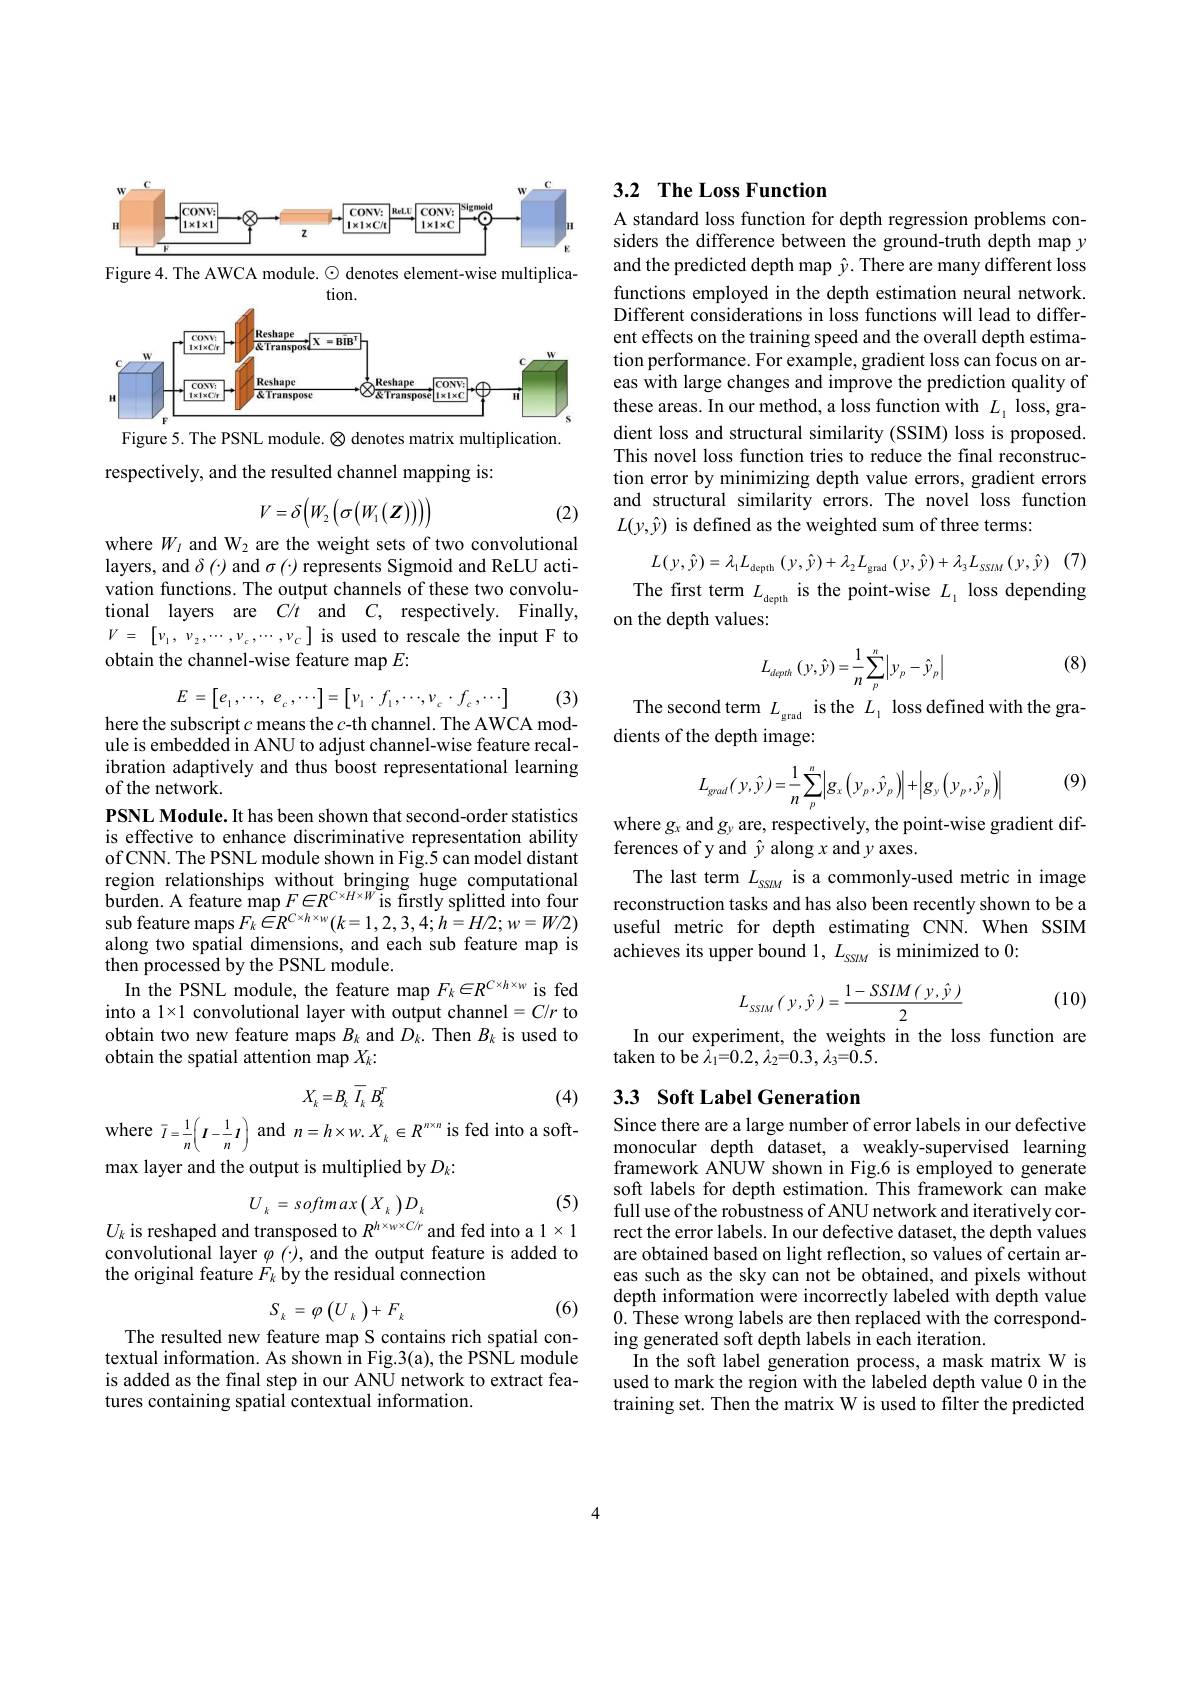
<FigureHere>

Figure 4. The AWCA module. $\odot$ denotes element-wise multiplica-
tion.

<FigureHere>

Figure 5. The PSNL module. $\otimes$ denotes matrix multiplication.

respectively, and the resulted channel mapping is:
$$V=\delta\Big(W_2\Big(\sigma\big(W_1(\boldsymbol{Z})\big)\big)\Big)$$
(2)

where $W_l$ and W2 are the weight sets of two convolutional layers, and $\delta\left(\cdot\right)$ and $\sigma\left(\cdot\right)$ represents Sigmoid and ReLU activation functions. The output channels of these two convolutional layers are $C/ t$ and $C$, respectively. Finally, $V=~\begin{bmatrix}v_{1},v_{2},\cdots,v_{c},\cdots,v_{c}\end{bmatrix}$ is used to rescale the input F to obtain the channel-wise feature map $E:$
$$E=\begin{bmatrix}e_1,\cdots,&e_c,\cdots\end{bmatrix}=\begin{bmatrix}v_1\cdot f_1,\cdots,v_c\cdot f_c,\cdots\end{bmatrix}$$
here the subscript $c$ means the $c$-th channel. The AWCA mod-

(3)

ule is embedded in ANU to adjust channel-wise feature recalibration adaptively and thus boost representational learning of the network.
PSNL Module. It has been shown that second-order statistics is effective to enhance discriminative representation ability of CNN. The PSNL module shown in Fig.5 can model distant region relationships without bringing huge computational burden. A feature map $F\in R^{C\times H\times W}$is firstly splitted into four sub feature maps $F_k\in R^{C\times h\times_{W}}(k=1,2,3,4;h=H/2;w=W/2)$ along two spatial dimensions, and each sub feature map is then processed by the PSNL module.
In the PSNL module, the feature map $F_k\in R^{C\times h\times w}$ is fed into a 1×1 convolutional layer with output channel$=C/r$ to obtain two new feature maps $B_k$ and $D_k.$ Then $B_k$ is used to obtain the spatial attention map $X_k:$
$$X_k=B_k\:\overline{I_k}\:B_k^T$$
(4)

fed into a soft-
$$n=h\times w.\:X_{_k}\in R^{n\times n}$$
where$\bar{I}=\frac1n\left(I-\frac1nI\right)$and
max layer and the output is multiplied by $D_k:$

(5)
$$U_{_k}\:=\:softmax\left(X_{_k}\right)D_{_k}$$
$U_k$ is reshaped and transposed to $R^{h\times_W\times C/r}$ and fed into a 1 × 1

convolutional layer $\varphi(\cdot)$, and the output feature is added to
the original feature $F_k$ by the residual connection

(6)
$$S_{_k}=\varphi\left(U_{_k}\right)+F_{_k}$$
The resulted new feature map S contains rich spatial contextual information. As shown in Fig.3(a), the PSNL module is added as the final step in our ANU network to extract features containing spatial contextual information.

## 3.2 The Loss Function

A standard loss function for depth regression problems considers the difference between the ground-truth depth map $y$ and the predicted depth map $\hat{y}.$ There are many different loss functions employed in the depth estimation neural network. Different considerations in loss functions will lead to different effects on the training speed and the overall depth estimation performance. For example, gradient loss can focus on areas with large changes and improve the prediction quality of these areas. In our method, a loss function with $L_{_1}$ loss, gradient loss and structural similarity (SSIM) loss is proposed. This novel loss function tries to reduce the final reconstruction error by minimizing depth value errors, gradient errors and structural similarity errors. The novel loss function $L(y,\hat{y})$ is defined as the weighted sum of three terms:

(7)
$$L(y,\hat{y})=\lambda_{1}L_{\mathrm{depth}}\left(y,\hat{y}\right)+\lambda_{2}L_{\mathrm{grad}}\left(y,\hat{y}\right)+\lambda_{3}L_{SSIM}\left(y,\hat{y}\right)$$
The first term $L_\mathrm{depth}$ is the point-wise $L_{_1}$ loss depending
on the depth values:

(8)
$$L_{depth}\left(y,\hat{y}\right)=\frac{1}{n}\sum_{p}^{n}\left|y_{p}-\hat{y}_{p}\right|$$
The second term $L_\mathrm{grad}$ is the $L_1$ loss defined with the gra-
dients of the depth image:

(9)
$$L_{grad}(\:y,\hat{y}\:)=\frac{1}{n}\sum_{p}^{n}\Bigl|g_{x}\bigl(y_{p},\hat{y}_{p}\bigr)\Bigr|+\Bigl|g_{y}\bigl(y_{p},\hat{y}_{p}\bigr)\Bigr|$$
where $g_x$ and $g_y$ are, respectively, the point-wise gradient dif-
ferences of y and $\hat{y}$ along $x$ and $y$ axes.
The last term $L_\mathrm{SSM}$ is a commonly-used metric in image reconstruction tasks and has also been recently shown to be a useful metric for depth estimating CNN.When SSIM achieves its upper bound 1, $L_{\mathrm{SSM}}$ is minimized to 0:

(10)
$$L_{_{SSIM}}(\:y,\hat{y}\:)=\frac{1-SSIM(\:y,\hat{y}\:)}{2}$$
In our experiment, the weights in the loss function are

taken to be $\hat{\lambda_{1}}=0.2,\lambda_{2}=0.3,\lambda_{3}=0.5.$

## 3.3 Soft Label Generation Since there are a large number of error labels in our defective

monocular depth dataset, a weakly-supervised learning framework ANUW shown in Fig.6 is employed to generate soft labels for depth estimation. This framework can make full use of the robustness of ANU network and iteratively correct the error labels. In our defective dataset, the depth values are obtained based on light reflection, so values of certain areas such as the sky can not be obtained, and pixels without depth information were incorrectly labeled with depth value 0. These wrong labels are then replaced with the corresponding generated soft depth labels in each iteration.
In the soft label generation process, a mask matrix W is used to mark the region with the labeled depth value 0 in the training set. Then the matrix W is used to filter the predicted

4